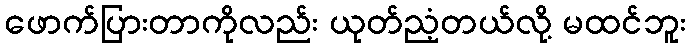
ဖောက်ပြားတာကိုလည်း ယုတ်ညံ့တယ်လို့ မထင်ဘူး